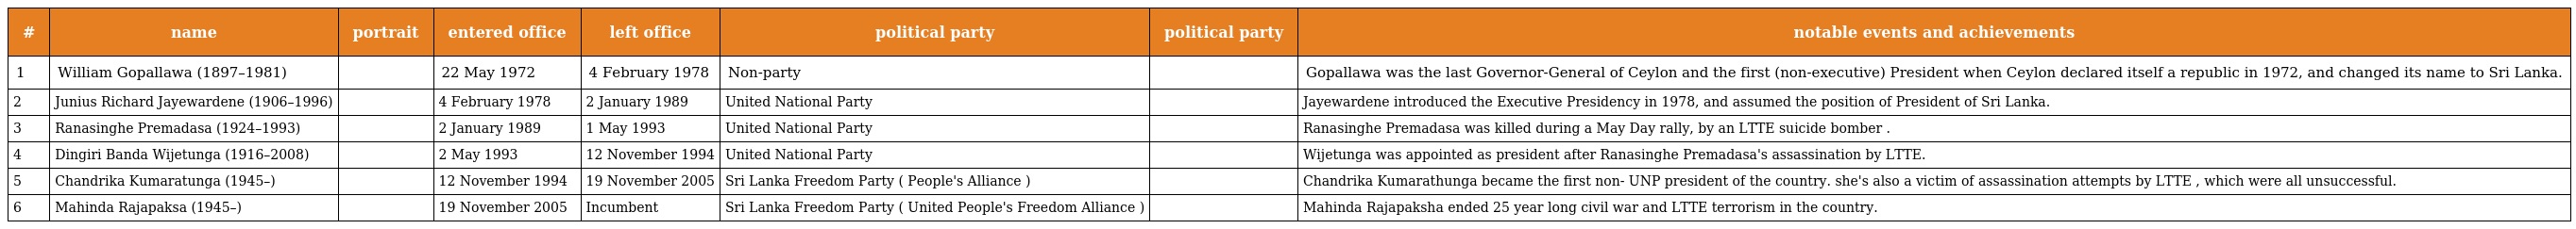
| # | name | portrait | entered office | left office | political party | political party | notable events and achievements |
 | --- | --- | --- | --- | --- | --- | --- | --- |
 | 1 | William Gopallawa (1897–1981) |  | 22 May 1972 | 4 February 1978 | Non-party |  | Gopallawa was the last Governor-General of Ceylon and the first (non-executive) President when Ceylon declared itself a republic in 1972, and changed its name to Sri Lanka. |
 | 2 | Junius Richard Jayewardene (1906–1996) |  | 4 February 1978 | 2 January 1989 | United National Party |  | Jayewardene introduced the Executive Presidency in 1978, and assumed the position of President of Sri Lanka. |
 | 3 | Ranasinghe Premadasa (1924–1993) |  | 2 January 1989 | 1 May 1993 | United National Party |  | Ranasinghe Premadasa was killed during a May Day rally, by an LTTE suicide bomber . |
 | 4 | Dingiri Banda Wijetunga (1916–2008) |  | 2 May 1993 | 12 November 1994 | United National Party |  | Wijetunga was appointed as president after Ranasinghe Premadasa's assassination by LTTE. |
 | 5 | Chandrika Kumaratunga (1945–) |  | 12 November 1994 | 19 November 2005 | Sri Lanka Freedom Party ( People's Alliance ) |  | Chandrika Kumarathunga became the first non- UNP president of the country. she's also a victim of assassination attempts by LTTE , which were all unsuccessful. |
 | 6 | Mahinda Rajapaksa (1945–) |  | 19 November 2005 | Incumbent | Sri Lanka Freedom Party ( United People's Freedom Alliance ) |  | Mahinda Rajapaksha ended 25 year long civil war and LTTE terrorism in the country. |